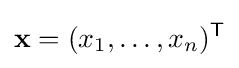
\mathbf {x} =(x_{1},\dots ,x_{n})^{\mathsf {T}}